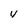
Character: V